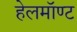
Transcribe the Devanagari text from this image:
हेलमॉण्ट